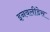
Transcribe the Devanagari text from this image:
इनवलीडेस